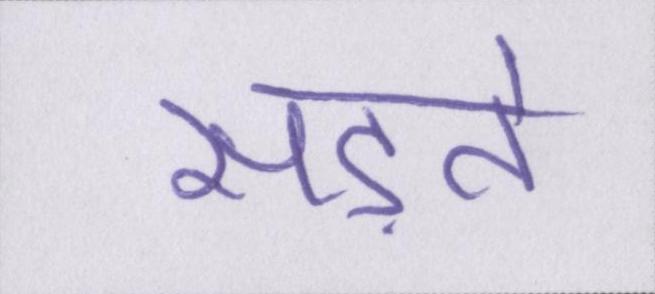
सड़ते